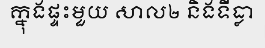
ក្នុងផ្ទះមួយ សាល២ និងទីធ្លា